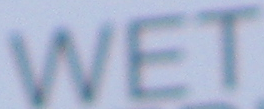
WET